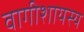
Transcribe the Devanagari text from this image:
वागीशायस्य